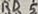
Text: RD5